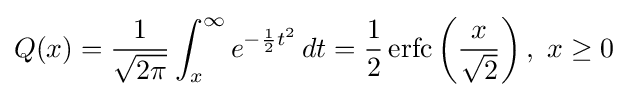
Q(x)={\frac {1}{\sqrt {2\pi }}}\int _{x}^{\infty }e^{-{\frac {1}{2}}t^{2}}\,dt={\frac {1}{2}}\operatorname {erfc} \left({\frac {x}{\sqrt {2}}}\right),\ x\geq 0